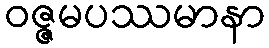
ဝဇ္ဇမပဿမာနာ